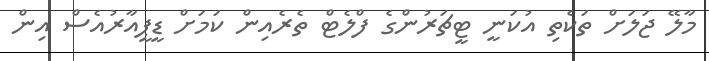
މާލޭ ޖަލަށް ތަކެތި އުކަނީ ޓީޗަރުންގެ ފްލެޓް ތެރެއިން ކަމަށް ޑީޕީއާރުއެސް އިން